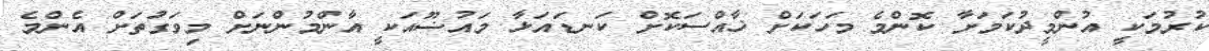
ކުރުމަކީ އުންމީދުކަމަށާ ކޮންމެ މަހަކަށް ޚާއްސަކޮށް ކަނޑައަޅާ މައުޟޫއަކީ އާންމުންނަށް މިވަގަުތަށް އެންމެ